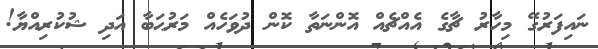
ނައިފަރުގޭ މިހާރު ޗާގެ އެއްޗެއް އޮންނަތާ ކޮން ދުވަހެއް މަރުޙަބާ އަދި ޝުކުރިއްޔާ!